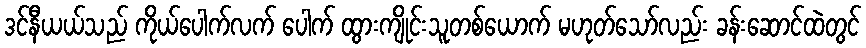
ဒင်နီယယ်သည် ကိုယ်ပေါက်လက် ပေါက် ထွားကျိုင်းသူတစ်ယောက် မဟုတ်သော်လည်း ခန်းဆောင်ထဲတွင်